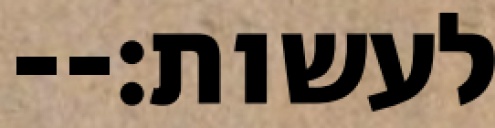
לעשות׃--